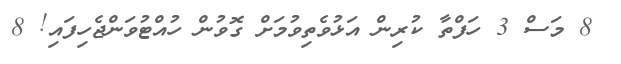
8 މަސް 3 ހަފްތާ ކުރިން އަޅުވެތިވުމަށް ގޮވުން ހުއްޓުވަންޖެހިފައި! 8